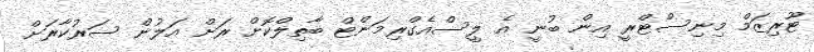
ޓޫރިޒަމް މިނިސްޓްރީ އިން ބުނީ އެ ލީސްއެގްރިމަންޓް ބާތިލްކޮށް ރަށް އަލުން ސަރުކާރަށް